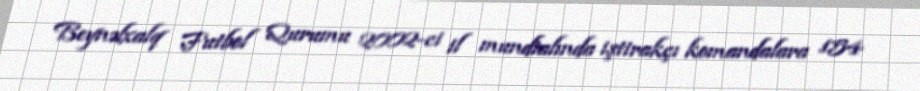
Beynəlxalq Futbol Qurumu 2002-ci il mundialında iştirakçı komandalara 154